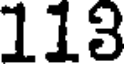
113